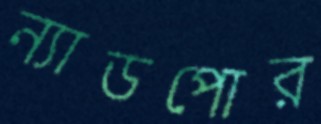
ন্যাডপোর